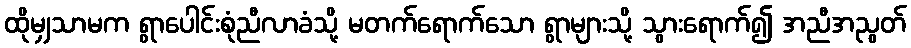
ထိုမျှသာမက ရွာပေါင်းစုံညီလာခံသို့ မတက်ရောက်သော ရွာများသို့ သွားရောက်၍ အညီအညွတ်